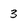
Character: 3